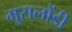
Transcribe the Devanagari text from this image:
मुसलोंडी